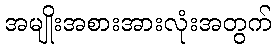
အမျိုးအစားအားလုံးအတွက်